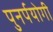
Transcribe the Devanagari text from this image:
पुनर्पयोगी